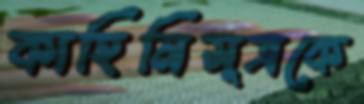
কাহিনিসূত্রকে